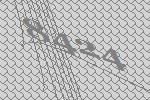
8424